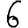
Digit: 6